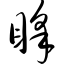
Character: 睬